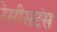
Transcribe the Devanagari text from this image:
रेसीसटंस